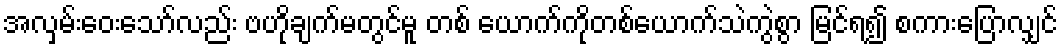
အလှမ်းဝေးသော်လည်း ဗဟိုချက်မတွင်မူ တစ် ယောက်ကိုတစ်ယောက်သဲကွဲစွာ မြင်ရ၍ စကားပြောလျှင်